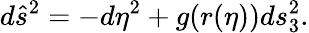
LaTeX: d\hat{s}^{2}=-d\eta^{2}+g(r(\eta))ds_{3}^{2}.